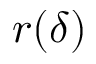
r ( \delta )